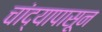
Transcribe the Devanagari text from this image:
चांद्यापासून